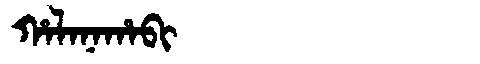
Manchu: ᡥᠠᠯᠠᠨᠠᡥᠠᠪᡳ
Romanization: HALANAHABI